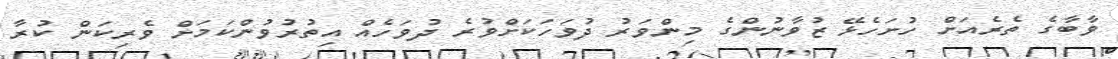
ވާބާގެ ތެރެއަށް ހުށަހެޅޭ ޒުވާނުންގެ މިންވަރު ދުވަހަކަށްވުރެ ދުވަހެއްް އިތުރުވުންކަމަށް ވެރިކަން ކުރާ